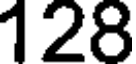
128